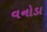
વનોડા